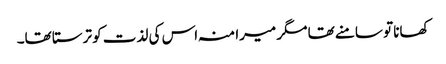
کھانا تو سامنے تھا مگر میرا منہ اس کی لذت کو ترستا تھا۔